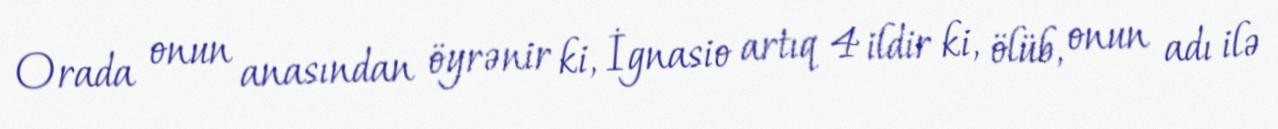
Orada onun anasından öyrənir ki, İgnasio artıq 4 ildir ki, ölüb, onun adı ilə